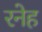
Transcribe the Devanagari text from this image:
रनेह